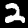
Digit: 2